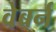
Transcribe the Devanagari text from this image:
वेबर्न